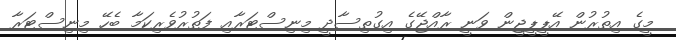
މީގެ އިތުރުން އޭޕީޕީޖީން ވަނީ ރާއްޖޭގެ އިގުތިސާދީ މިނިސްޓަރާއި ފަތުރުވެރިކަމާ ބެހޭ މިނިސްޓަރާ